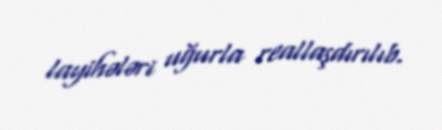
layihələri uğurla reallaşdırılıb.